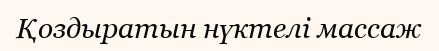
Қоздыратын нүктелі массаж